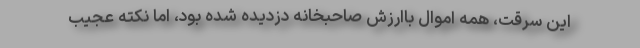
این سرقت، همه اموال باارزش صاحبخانه دزدیده شده بود، اما نکته عجیب